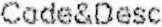
CODE&DESC